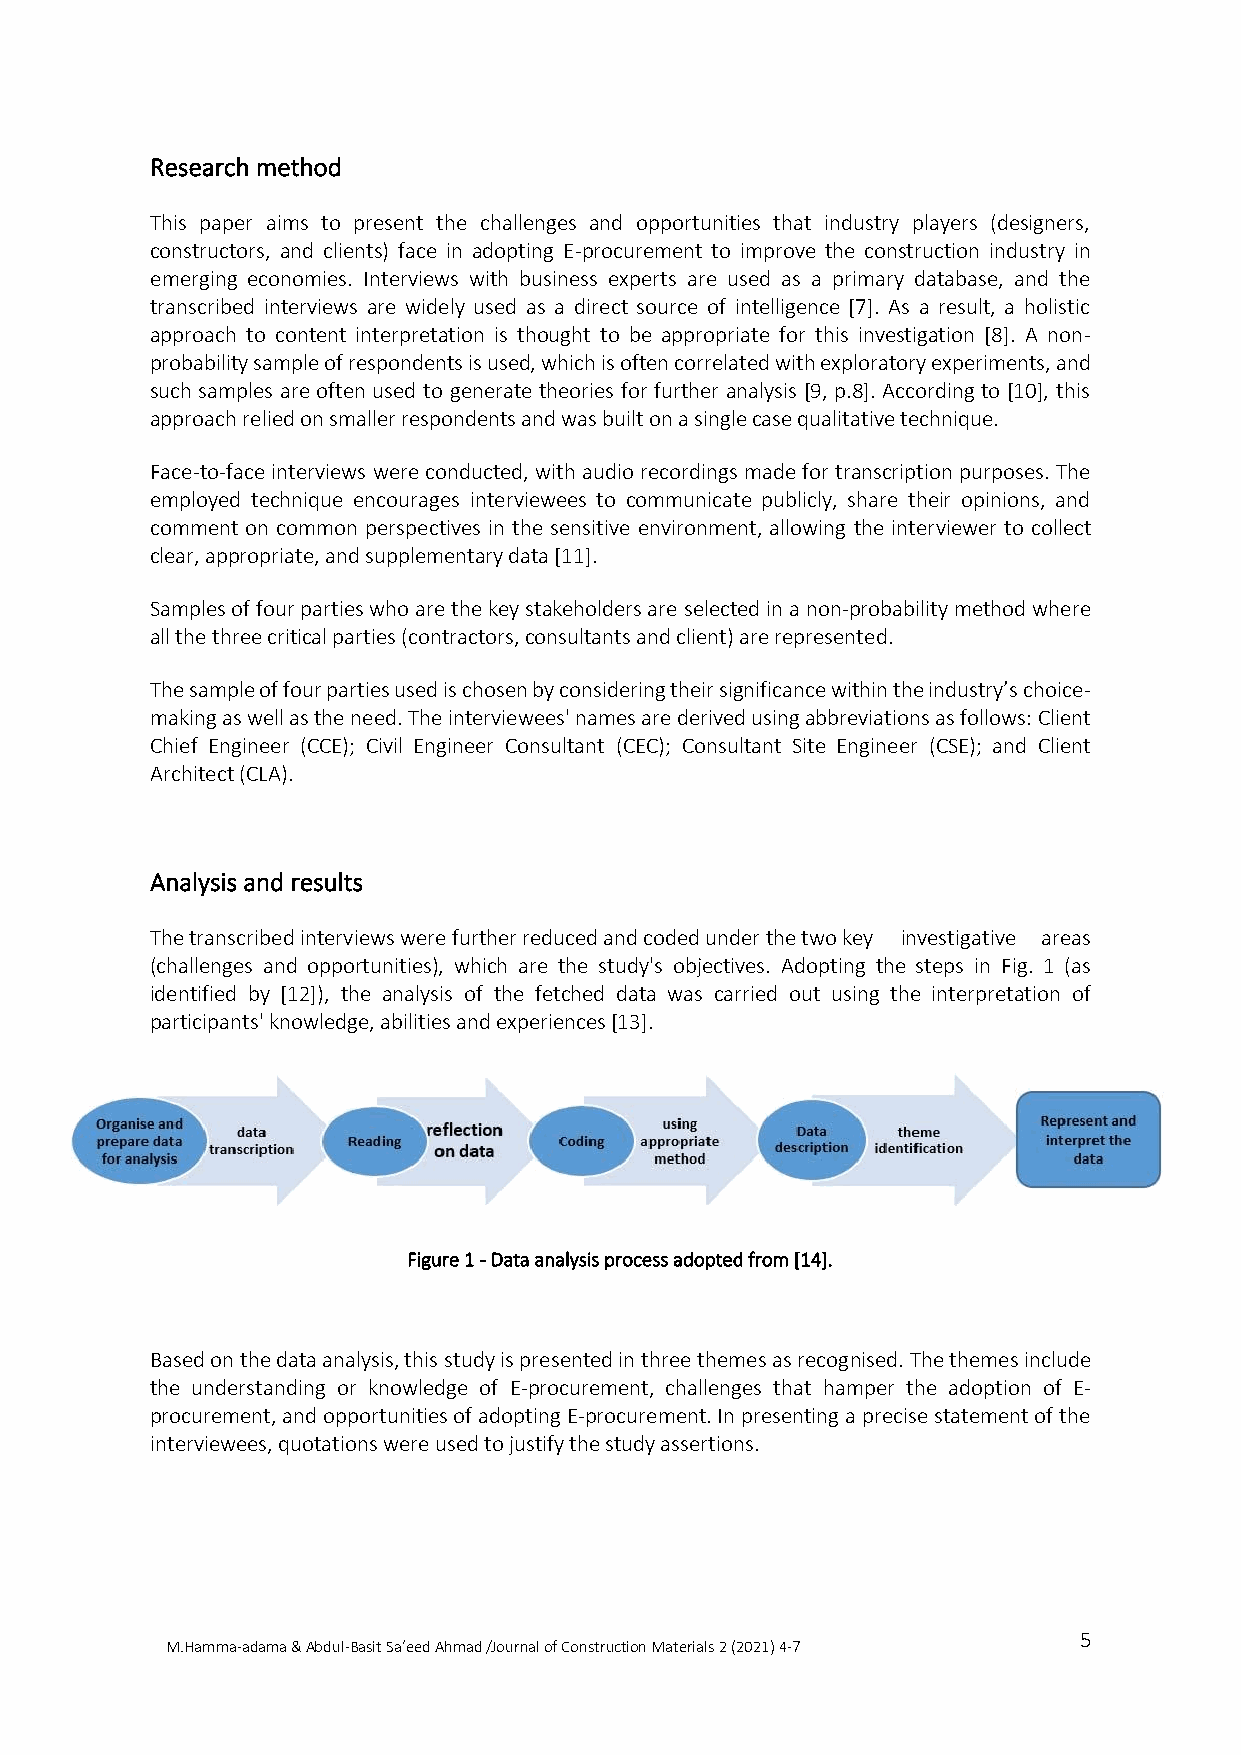
Research method
 This paper aims to present the challenges and opportunities that industry players (designers,
 constructors, and clients) face in adopting E-procurement to improve the construction industry in
 emerging economies. Interviews with business experts are used as a primary database, and the
 transcribed interviews are widely used as a direct source of intelligence [7]. As a result, a holistic
 approach to content interpretation is thought to be appropriate for this investigation [8]. A non-
 probability sample of respondents is used, which is often correlated with exploratory experiments, and
 such samples are often used to generate theories for further analysis [9, p.8]. According to [10], this
 approach relied on smaller respondents and was built on a single case qualitative technique.
 Face-to-face interviews were conducted, with audio recordings made for transcription purposes. The
 employed technique encourages interviewees to communicate publicly, share their opinions, and
 comment on common perspectives in the sensitive environment, allowing the interviewer to collect
 clear, appropriate, and supplementary data [11].
 Samples of four parties who are the key stakeholders are selected in a non-probability method where
 all the three critical parties (contractors, consultants and client) are represented.
 The sample of four parties used is chosen by considering their significance within the industry’s choice-
 making as well as the need. The interviewees' names are derived using abbreviations as follows: Client
 Chief Engineer (CCE); Civil Engineer Consultant (CEC); Consultant Site Engineer (CSE); and Client
 Architect (CLA).
 Analysis and results
 The transcribed interviews were further reduced and coded under the two key investigative areas
 (challenges and opportunities), which are the study's objectives. Adopting the steps in Fig. 1 (as
 identified by [12]), the analysis of the fetched data was carried out using the interpretation of
 participants' knowledge, abilities and experiences [13].
 Figure 1 - Data analysis process adopted from [14].
 Based on the data analysis, this study is presented in three themes as recognised. The themes include
 the understanding or knowledge of E-procurement, challenges that hamper the adoption of E-
 procurement, and opportunities of adopting E-procurement. In presenting a precise statement of the
 interviewees, quotations were used to justify the study assertions.
 5
 M.Hamma-adama & Abdul-Basit Sa’eed Ahmad /Journal of Construction Materials 2 (2021) 4-7